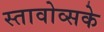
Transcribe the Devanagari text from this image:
स्तावोव्सके